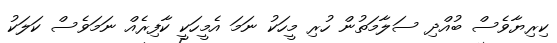
ކިރިޔާވެސް ބުއްދި ސަލާމަތުން ހުރި މީހަކު ނަމަ އެމީހަކީ ކާފިރެއް ނަމަވެސް ކަލަކު